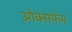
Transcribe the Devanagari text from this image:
ओक्सफेम